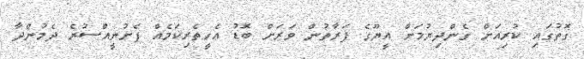
ގޮތުގައި ކުރިއަށް ގެންދިޔުމަށް އީޔޫގެ ފަރާތުން ވަރަށް ބޮޑު އެހީތެރިކަމެއް ފެށުނީއްސުރެ ދެމުންދާ